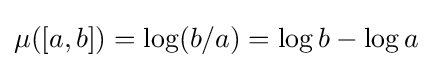
\mu ([a,b])=\log(b/a)=\log b-\log a